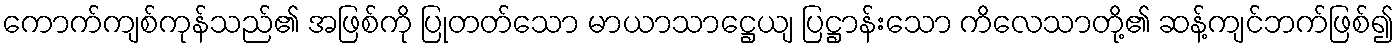
ကောက်ကျစ်ကုန်သည်၏ အဖြစ်ကို ပြုတတ်သော မာယာသာဋ္ဌေယျ ပြဋ္ဌာန်းသော ကိလေသာတို့၏ ဆန့်ကျင်ဘက်ဖြစ်၍